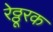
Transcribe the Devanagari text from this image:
रेठ्ठूरक